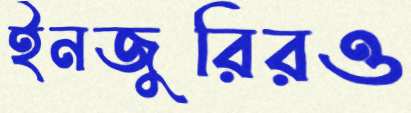
ইনজুরিরও